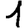
Digit: 1